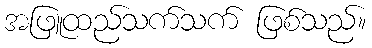
အဖြူထည်သက်သက် ဖြစ်သည်။